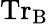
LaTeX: \mathrm{{Tr}_{B}}